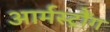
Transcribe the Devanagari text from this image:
आर्मस्ट्रौंग